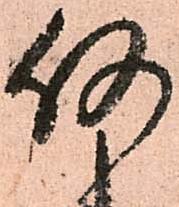
何